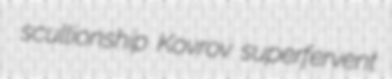
scullionship Kovrov superfervent